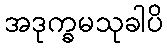
အဒုက္ခမသုခါပိ